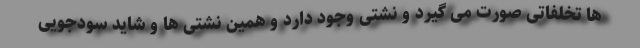
ها تخلفاتی صورت می گیرد و نشتی وجود دارد و همین نشتی ها و شاید سودجویی